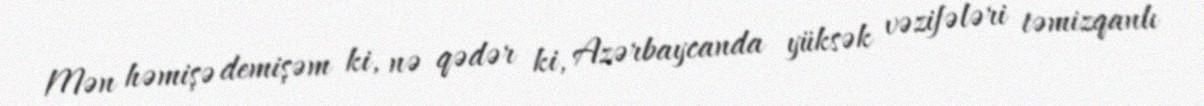
Mən həmişə demişəm ki, nə qədər ki, Azərbaycanda yüksək vəzifələri təmizqanlı